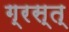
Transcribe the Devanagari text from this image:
ग्रस्त्